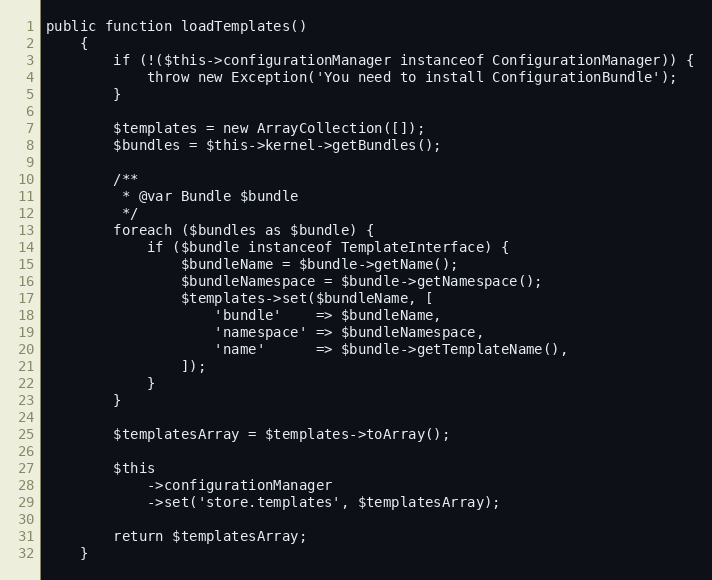
Language: PHP
public function loadTemplates()
    {
        if (!($this->configurationManager instanceof ConfigurationManager)) {
            throw new Exception('You need to install ConfigurationBundle');
        }

        $templates = new ArrayCollection([]);
        $bundles = $this->kernel->getBundles();

        /**
         * @var Bundle $bundle
         */
        foreach ($bundles as $bundle) {
            if ($bundle instanceof TemplateInterface) {
                $bundleName = $bundle->getName();
                $bundleNamespace = $bundle->getNamespace();
                $templates->set($bundleName, [
                    'bundle'    => $bundleName,
                    'namespace' => $bundleNamespace,
                    'name'      => $bundle->getTemplateName(),
                ]);
            }
        }

        $templatesArray = $templates->toArray();

        $this
            ->configurationManager
            ->set('store.templates', $templatesArray);

        return $templatesArray;
    }